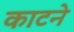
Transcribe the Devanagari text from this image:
काटनेे